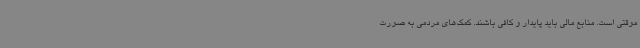
موقتی است. منابع مالی باید پایدار و کافی باشند. کمک‌های مردمی به صورت